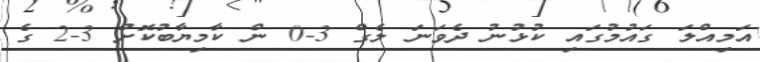
އަމިއްލަ ގައުމުގައި ކުޅުނު ދެވަނަ ލެގް 3-0 ން ކާމިޔާބުކޮށް 3-2 ގެ